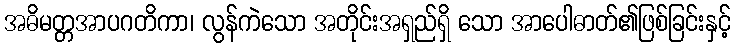
အဓိမတ္တအာပဂတိကာ၊ လွန်ကဲသော အတိုင်းအရှည်ရှိ သော အာပေါဓာတ်၏ဖြစ်ခြင်းနှင့်